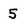
Character: 5